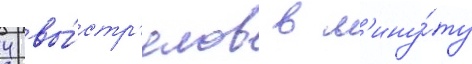
4 вы́стр'елов в м'ину́ту